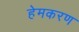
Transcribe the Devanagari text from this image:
हेमकरण